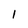
Character: 1